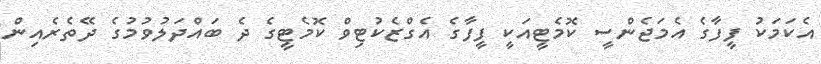
އެކަމަކު ފީފާގެ އެމަޖެންސީ ކޮމެޓީއަކީ ފީފާގެ އެގްޒެކުޓިވް ކޮމެޓީގެ ދެ ބައްދަލުވުުމުގެ ދޭތެރެއިން